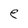
Character: e